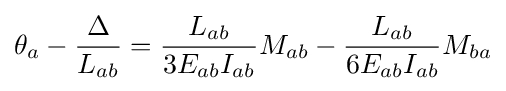
\theta _{a}-{\frac {\Delta }{L_{ab}}}={\frac {L_{ab}}{3E_{ab}I_{ab}}}M_{ab}-{\frac {L_{ab}}{6E_{ab}I_{ab}}}M_{ba}